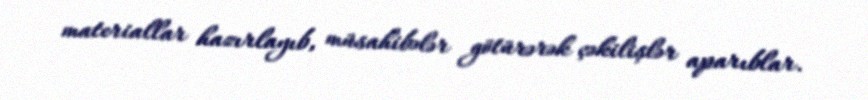
materiallar hazırlayıb, müsahibələr götürərək çəkilişlər aparıblar.